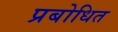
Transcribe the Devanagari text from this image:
प्रबोधित